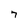
Character: 7